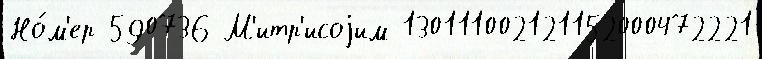
Но́м'ер 590736 М'итр'исоjим 130111002121152000472221